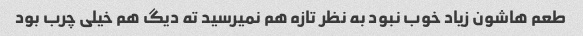
طعم هاشون زیاد خوب نبود به نظر تازه هم نمیرسید ته دیگ هم خیلی چرب بود